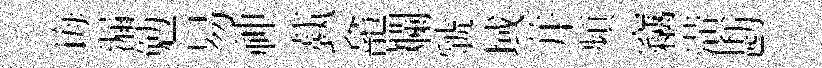
诲漏勉易神蓺龕斕虢域幷頻竊潢勘